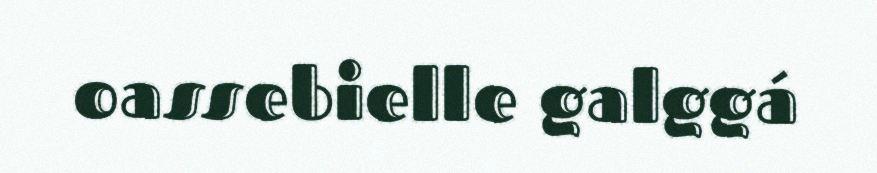
oassebielle galggá